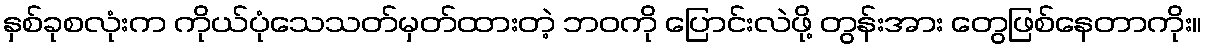
နှစ်ခုစလုံးက ကိုယ်ပုံသေသတ်မှတ်ထားတဲ့ ဘဝကို ပြောင်းလဲဖို့ တွန်းအား တွေဖြစ်နေတာကိုး။